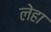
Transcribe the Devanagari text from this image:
लेहा